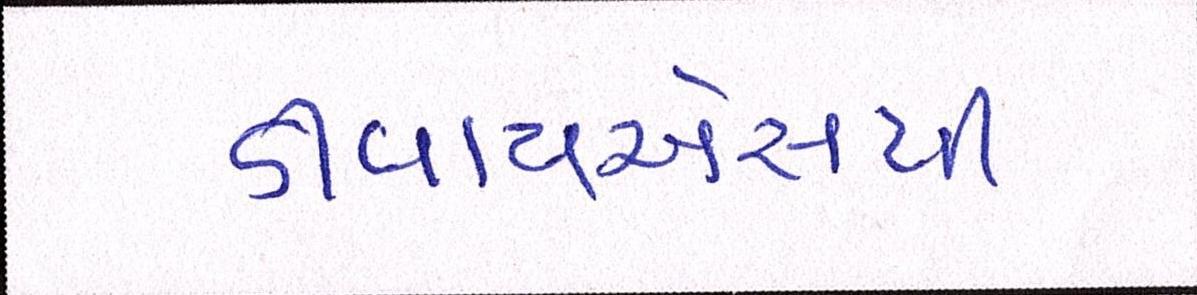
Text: ડીવાયએસપી